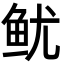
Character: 鱿